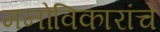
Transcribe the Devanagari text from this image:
मनोविकारांचे